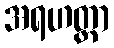
အရဟတ္တာ